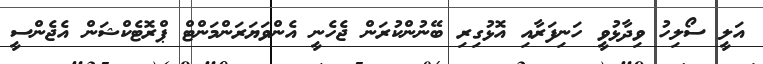
އަލީ ސޯލިހު ވިދާޅުވީ ހަނިފަރާއި އޮޅުގިރި ބޭނުންކުރަން ޖެހެނީ އެންވަޔަރަންމަންޓް ޕްރޮޓެކްޝަން އެޖެންސީ